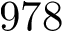
9 7 8